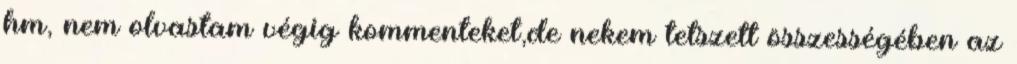
hm, nem olvastam végig kommenteket,de nekem tetszett összességében az